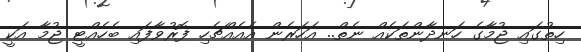
ހިތުގައި ޖުމާގެ ހަނދާންތަކެއް ނެތް.. އަހަރެން އެއެއްޗެހި ފޮރުވާފައި ބެހެއްޓީ ޖުމާ އަކީ